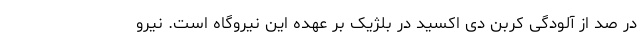
در صد از آلودگی کربن دی اکسید در بلژیک بر عهده این نیروگاه است. نیرو